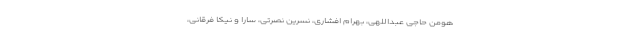
هومن حاجی عبداللهی، بهرام افشاری، نسرین نصرتی، سارا و نیکا فرقانی،